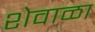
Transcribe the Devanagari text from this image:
शेवाळा